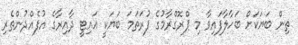
ތިން ބަޔަކަށް ބަހާލާފައިވާ މި ޕްރޮގްރާމުގެ ފުރަތަމަ ބަޔަކީ އައިޓީ ދާއިރާގެ އުފެއްދުންތެރި